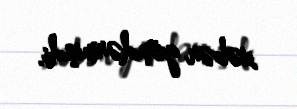
xəbər göndərmişdi.